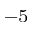
^ { - 5 }